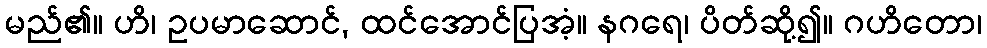
မည်၏။ ဟိ၊ ဥပမာဆောင်, ထင်အောင်ပြအံ့။ နဂရေ၊ ပိတ်ဆို့၍။ ဂဟိတော၊